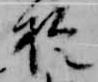
於